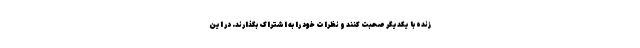
زنده با یکدیگر صحبت کنند و نظرات خود را به اشتراک بگذارند. در این